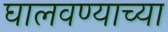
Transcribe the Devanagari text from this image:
घालवण्याच्या